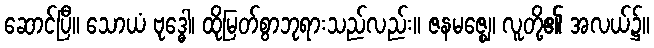
ဆောင်ပြီ။ သောယံ ဗုဒ္ဓေါ၊ ထိုမြတ်စွာဘုရားသည်လည်း။ ဇနမဇ္ဈေ၊ လူတို့၏ အလယ်၌။